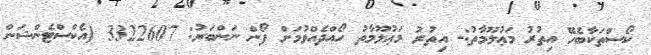
ކޯސްތަކާބެހޭ އިތުރު މަޢުލޫމާތު:- އިތުރު މަޢުލޫމާތު ހޯއްދެއްވުމަށް ފޯން ނަންބަރު: 3322607 (އެކްސްޓެންޝަން